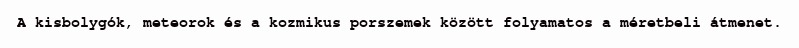
A kisbolygók, meteorok és a kozmikus porszemek között folyamatos a méretbeli átmenet.